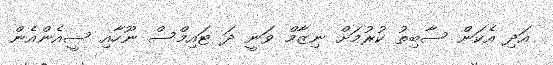
އަދި އެކަން ސާބިތު ކުރުމަށް ނިޒާމް ވަނީ ދަ ޓައިމްސް ނޫހާއި ސީއެންއެން